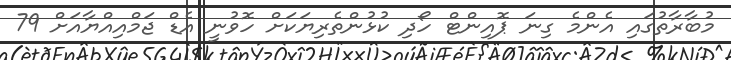
މުބާރާތުގައި އެންމެ ގިނަ ޕޮއިންޓް ހޯދި ކުޅުންތެރިޔަކަށް ހޮވުނީ އެޑް ޖަމްއިއްޔާއަށް 79